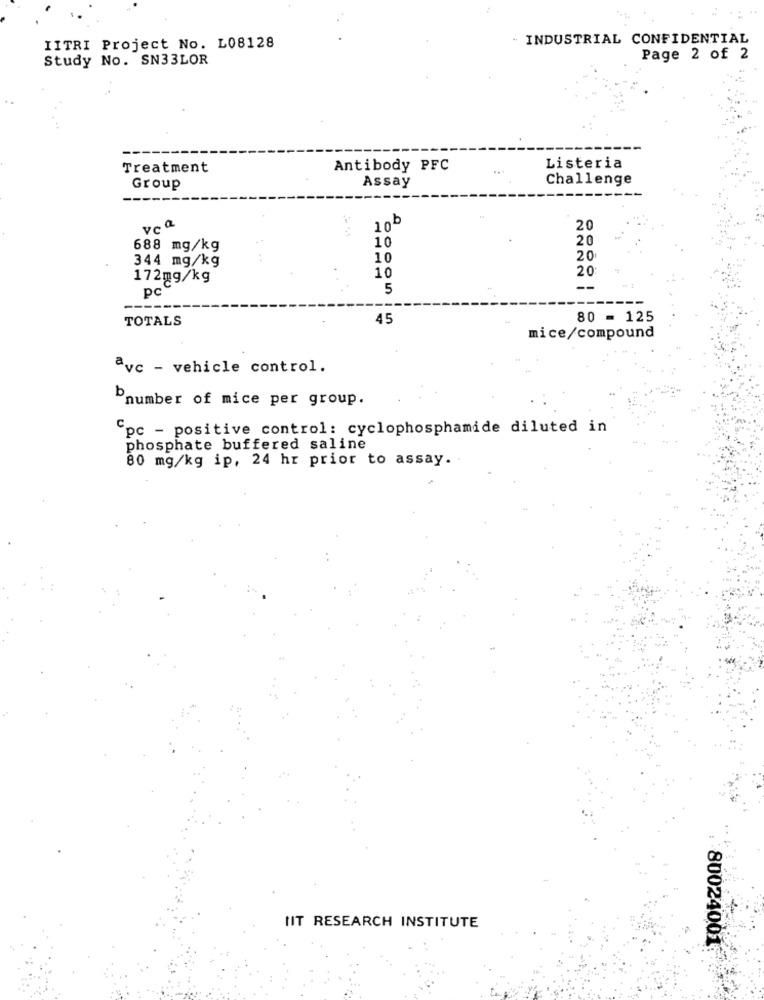
INDUSTRIAL CONFIDENTIAL
IITRI Project No. L08128
Study No. SN33LOR
Page 2 of 2
Treatment
Antibody PFC
Listeria
Challenge
Group
Assay
---
10b
20
10
20
688 mg/kg
344 mg/kg
10
20
20
172mg/kg
10
pc
5
TOTALS
45
80 = 125
mice/compound
avc - vehicle control.
bnumber of mice per group.
"pc - positive control: cyclophosphamide diluted in
phosphate buffered saline
80 mg/kg ip, 24 hr prior to assay ..
IIT RESEARCH INSTITUTE
80024001